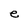
Character: e